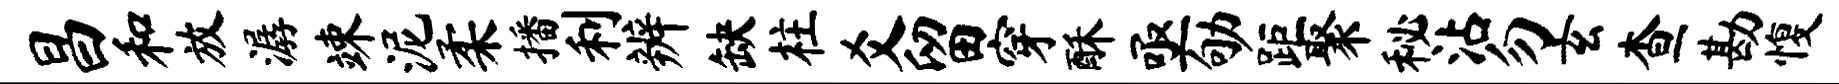
昌和放潺竦泥柔播利辨缺柱爻留穿酥亟劬距聚秘沾勿玄查勘愎